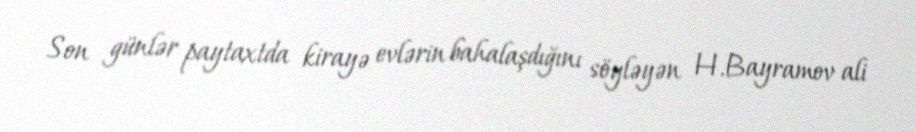
Son günlər paytaxtda kirayə evlərin bahalaşdığını söyləyən H.Bayramov ali